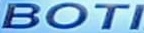
BOTI